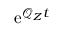
\mathrm { e } ^ { \mathcal { Q } _ { \boldsymbol Z } t }